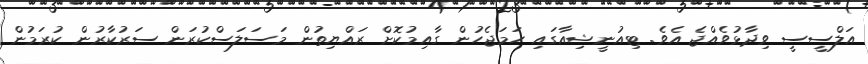
އަލްސީސީ ވިދާޅުވެއްޖެ އެވެ. ޓިއުނީޝިއާގައި ހަމަޖެހުން ގާއިމުކޮށް ރައްޔިތުން މަސަލަސްކުރަން ސަރުކާރުން ކުރަމުން